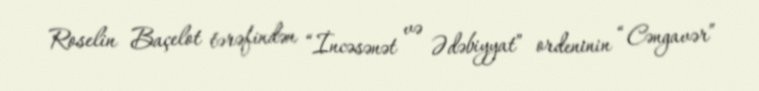
Roselin Baçelot tərəfindən “İncəsənət və Ədəbiyyat” ordeninin “Cəngavər”